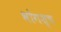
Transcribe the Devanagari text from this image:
भोगश्च